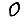
Digit: 0